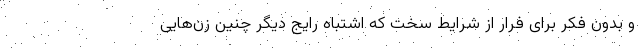
و بدون فکر برای فرار از شرایط سخت که اشتباه رایج دیگر چنین زن‌هایی